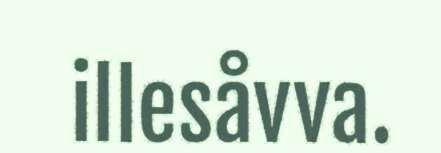
illesåvva.